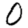
Digit: 0